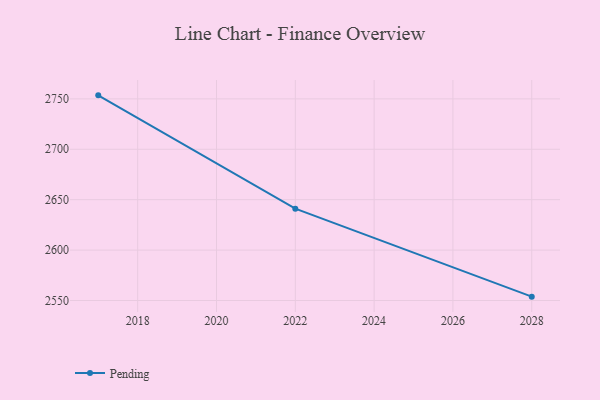
{"axis": {"x": "Year", "y": "Temperature (°C)"}, "legend": ["Pending"], "data": [{"x": "2028", "y": 2553.8, "type": "Pending"}, {"x": "2022", "y": 2641.1, "type": "Pending"}, {"x": "2017", "y": 2753.5, "type": "Pending"}]}